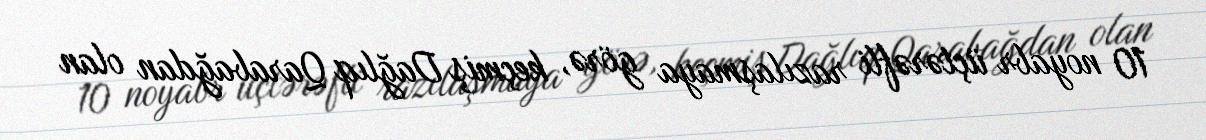
10 noyabr üçtərəfli razılaşmaya görə, keçmiş Dağlıq Qarabağdan olan